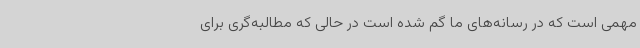
مهمی است که در رسانه‌های ما گم شده است در حالی که مطالبه‌گری برای